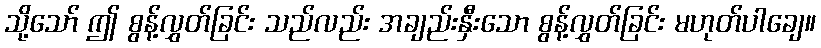
သို့သော် ဤ စွန့်လွှတ်ခြင်း သည်လည်း အချည်းနှီးသော စွန့်လွှတ်ခြင်း မဟုတ်ပါချေ။